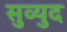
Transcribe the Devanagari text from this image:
सुव्युद